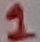
Text: 1